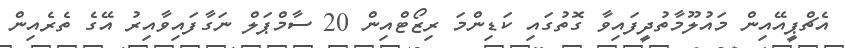
އެޗްޕީއޭއިން މައުލޫމާތުދީފައިވާ ގޮތުގައި ކަޑިންމަ ރިޒޯޓްއިން 20 ސާމްޕަލް ނަގާފައިވާއިރު އޭގެ ތެރެއިން